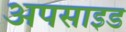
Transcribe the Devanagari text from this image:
अपसाइड